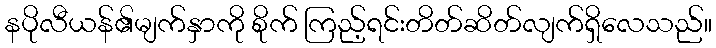
နပိုလီယန်၏မျက်နှာကို စိုက် ကြည့်ရင်းတိတ်ဆိတ်လျက်ရှိလေသည်။